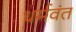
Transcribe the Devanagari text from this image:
धर्मवंत